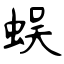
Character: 蜈